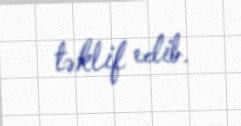
təklif edib.